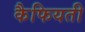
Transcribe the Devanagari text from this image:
कैफियती